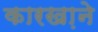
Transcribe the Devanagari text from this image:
कारखा़ने